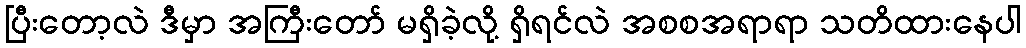
ပြီးတော့လဲ ဒီမှာ အကြီးတော် မရှိခဲ့လို့ ရှိရင်လဲ အစစအရာရာ သတိထားနေပါ